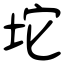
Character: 坨